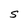
Character: S